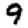
Digit: 9